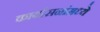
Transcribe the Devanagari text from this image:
कार्यासनांमध्ये